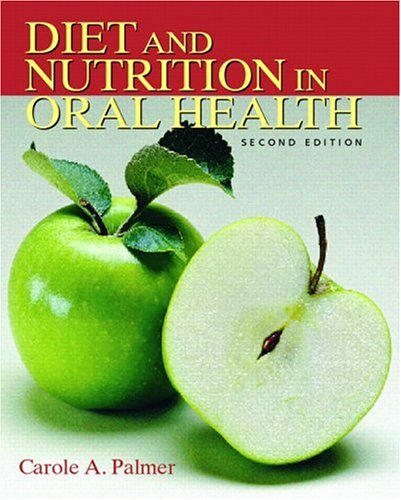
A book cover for Diet and Nutrition in Oral Health (2nd Edition); Carole A. Palmer; Medical Books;